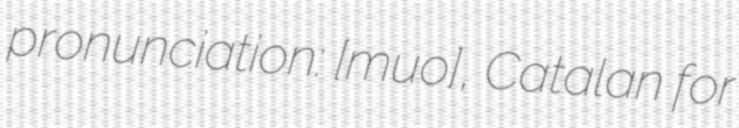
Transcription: pronunciation: [muˈʎo], Catalan for